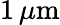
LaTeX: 1\, \mu\mathrm m